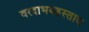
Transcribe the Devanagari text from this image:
वरदाभयहस्ताय